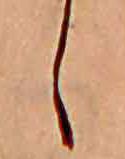
し